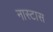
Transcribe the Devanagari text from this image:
नास्टास